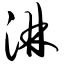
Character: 淋